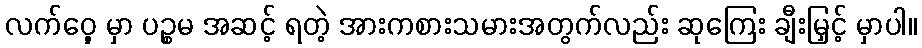
လက်ဝှေ့ မှာ ပဉ္စမ အဆင့် ရတဲ့ အားကစားသမားအတွက်လည်း ဆုကြေး ချီးမြှင့် မှာပါ။